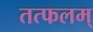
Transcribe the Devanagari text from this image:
तत्फलम्